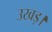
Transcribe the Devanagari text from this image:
उखड़।